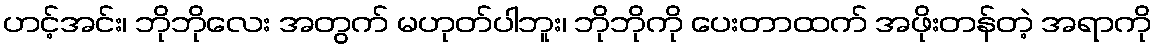
ဟင့်အင်း၊ ဘိုဘိုလေး အတွက် မဟုတ်ပါဘူး၊ ဘိုဘိုကို ပေးတာထက် အဖိုးတန်တဲ့ အရာကို